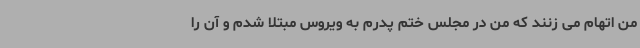
من اتهام می زنند که من در مجلس ختم پدرم به ویروس مبتلا شدم و آن را